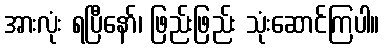
အားလုံး ရပြီနော်၊ ဖြည်းဖြည်း သုံးဆောင်ကြပါ။